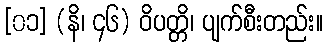
[၀၁] (နိ၊ ၄၆) ဝိပတ္တိ၊ ပျက်စီးတည်း။